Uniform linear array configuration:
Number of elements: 12
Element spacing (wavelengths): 0.25
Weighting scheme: hamming
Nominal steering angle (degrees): -45
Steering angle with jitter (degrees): -45.322
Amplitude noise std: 0.05
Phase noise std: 0.05

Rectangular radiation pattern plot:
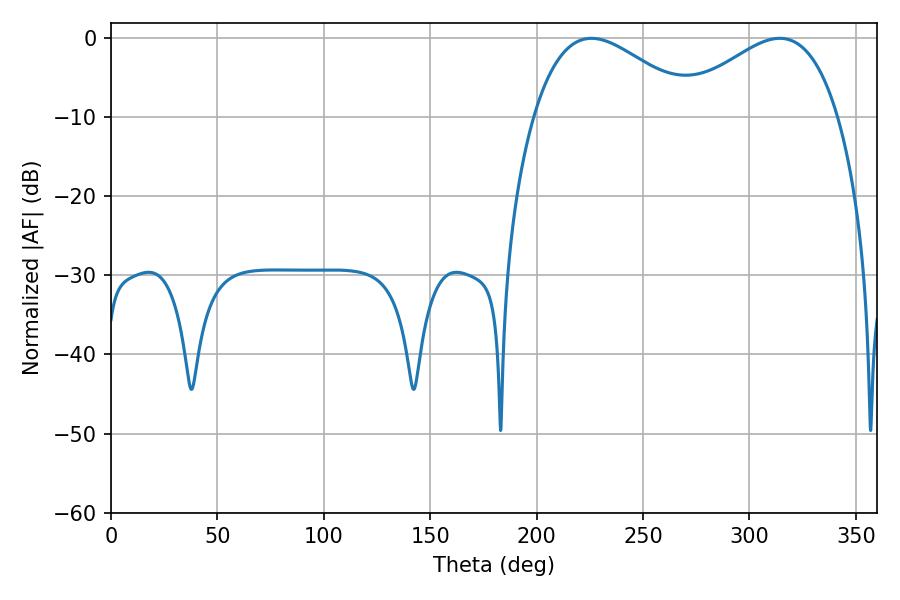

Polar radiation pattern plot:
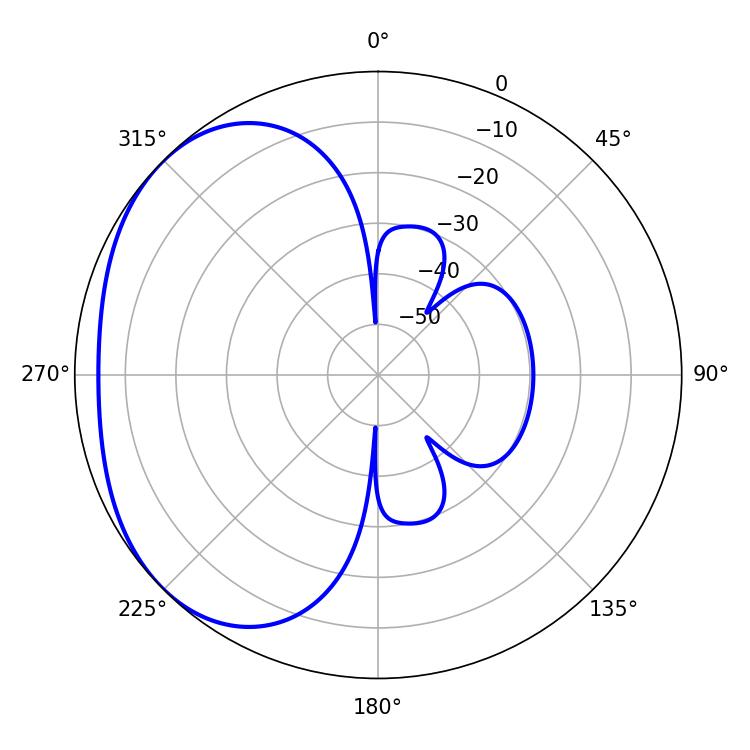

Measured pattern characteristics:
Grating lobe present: FALSE
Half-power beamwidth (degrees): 41.4
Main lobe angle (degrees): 225.72